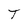
Character: T